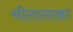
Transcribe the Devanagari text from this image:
श्रीलानाका